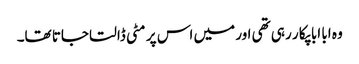
وہ ابا ابا پکا ر رہی تھی اور میں اس پر مٹی ڈالتا جاتا تھا۔